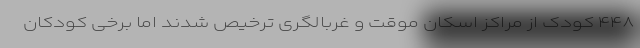
۴۴۸ کودک از مراکز اسکان موقت و غربالگری ترخیص شدند اما برخی کودکان